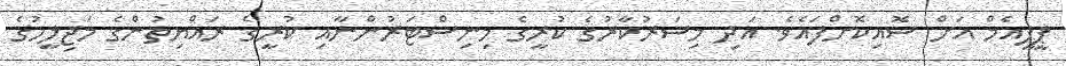
ޕީޕީއެމް އަށް ސޮއިކޮށްފައެވެ. އަދި މިސަރުކާރުގެ ކުރީގެ މިނިސްޓަރުންނާއި ކުރީގެ ރައްޔިތުންގެ މަޖިލީހުގެ